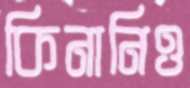
কিনানিও